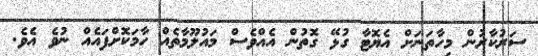
ސަރުކާރުން މިހާތަނަށް އެޔޮޓާ ގުޅޭ ގޮތުން އެއްވެސް މައުލޫމާތެއް ހާމަކޮށްފައެއް ނުވެ އެވެ.